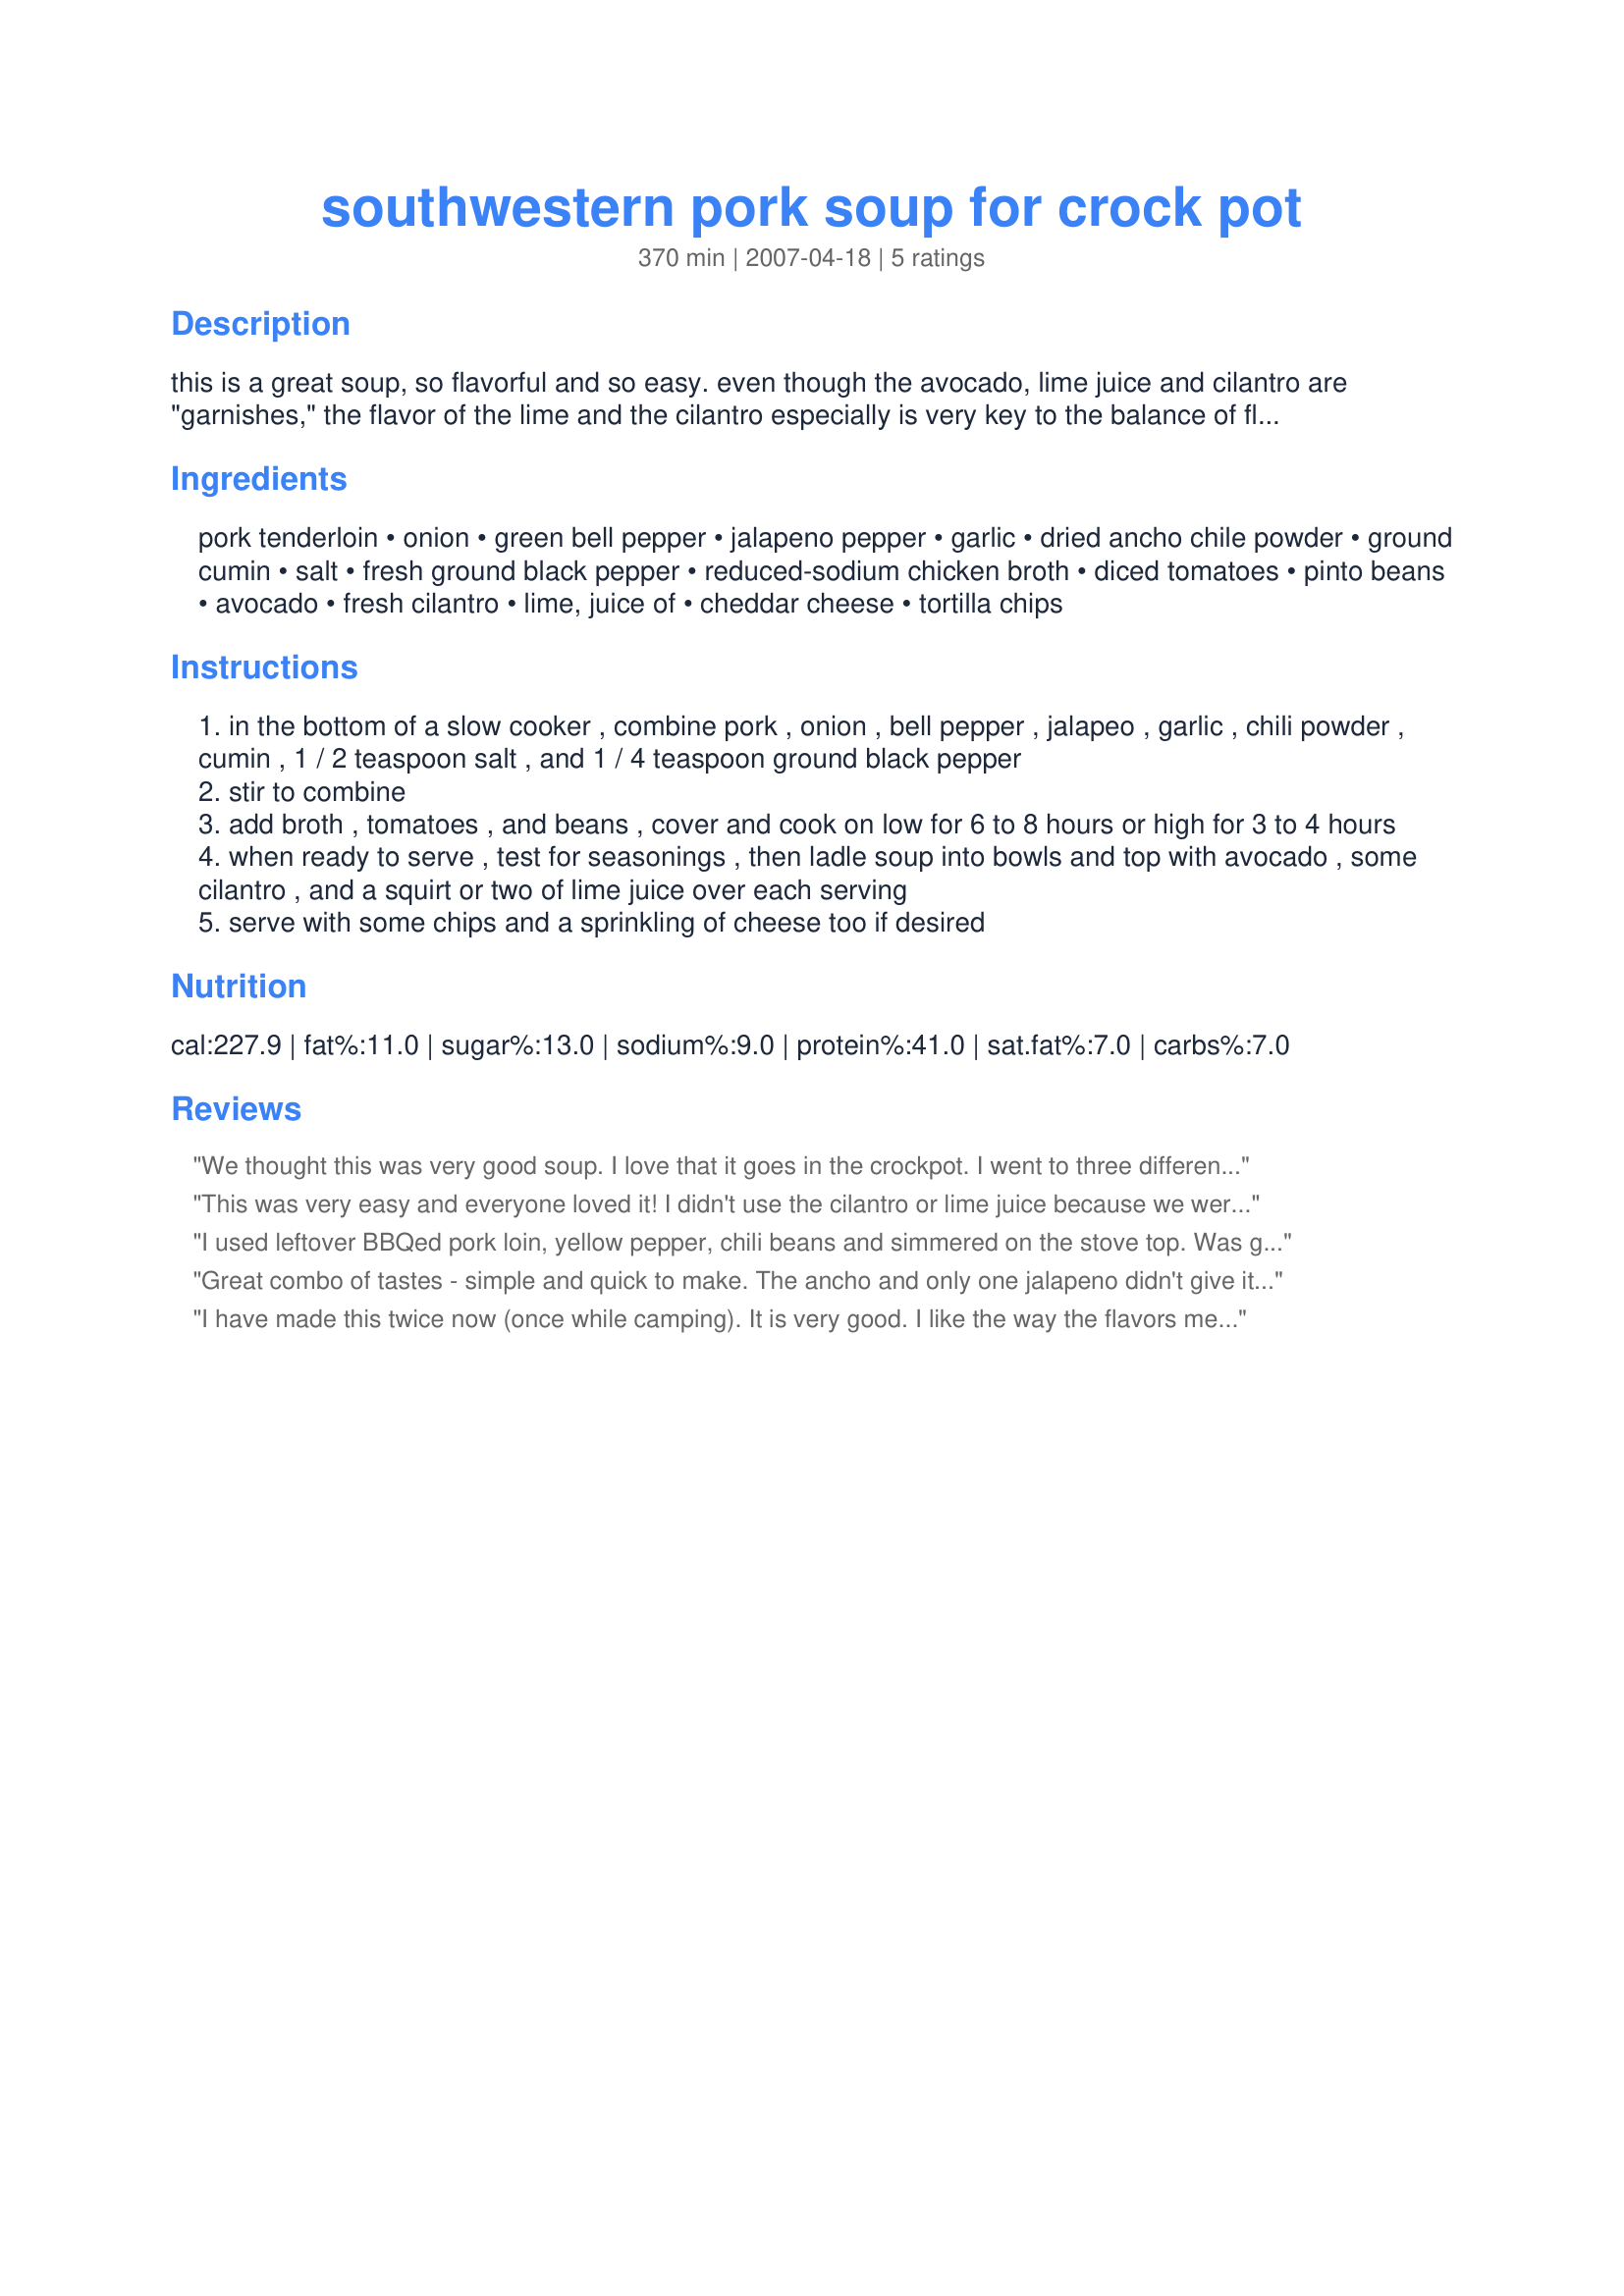
southwestern pork soup for crock pot
Preparation time: 370 minutes

this is a great soup, so flavorful and so easy. even though the avocado, lime juice and cilantro are "garnishes," the flavor of the lime and the cilantro especially is very key to the balance of flavors. this is good enough for company, really yummy. i think you probably could get away with using chicken meat in this too, although i tried this using the pork. another find from the robin miller show, with my adjustments.

Ingredients:
pork tenderloin, onion, green bell pepper, jalapeno pepper, garlic, dried ancho chile powder, ground cumin, salt, fresh ground black pepper, reduced-sodium chicken broth, diced tomatoes, pinto beans, avocado, fresh cilantro, lime, juice of, cheddar cheese, tortilla chips

Steps:
in the bottom of a slow cooker , combine pork , onion , bell pepper , jalapeo , garlic , chili powder , cumin , 1 / 2 teaspoon salt , and 1 / 4 teaspoon ground black pepper
stir to combine
add broth , tomatoes , and beans , cover and cook on low for 6 to 8 hours or high for 3 to 4 hours
when ready to serve , test for seasonings , then ladle soup into bowls and top with avocado , some cilantro , and a squirt or two of lime juice over each serving
serve with some chips and a sprinkling of cheese too if desired

Reviews:
We thought this was very good soup. I love that it goes in the crockpot. I went to three different stores looking for that ancho chili powder but couldn't find it anywhere. So I used regular chili pepper instead. And added a little bit of red pepper flakes. I thought it need a little bit more flavor so I added sirachi in mine. I don't know if it was because I didn't have that other chili powder. I also think that next time I will add a small can of hominy since it reminds me so much of pozole. I sent some to my sick neighbor and she loved it. She said she felt like she was eating a carnitas taco minus the lettuce. She asked for the reciepe. We did eat it with tostadas and I added a dollop of sour cream to every bowl. Thanks for the reciepe!
This was very easy and everyone loved it! I didn't use the cilantro or lime juice because we were out and I didn't realize that...still was good and a definate do over!
I used leftover BBQed pork loin, yellow pepper, chili beans and simmered on the stove top. Was great!
Great combo of tastes - simple and quick to make. The ancho and only one jalapeno didn't give it quite enough burn for me but that's easy to fix. The avacado, cilantro and lime are a must for granish. I'll definitely make this again.
I have made this twice now (once while camping). It is very good. I like the way the flavors meld together. A wonderful hearty dinner. I did not use a crock pot, however. I browned the pork in a little bit of oil, then throw everything in & simmer for about an hour with 1 cup broth added instead of 5 as we prefer thicker stews.
